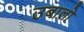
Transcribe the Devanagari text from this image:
उबालो